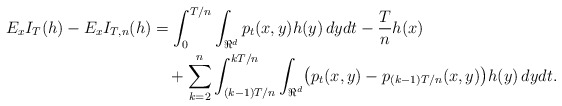
\begin{align*}E_xI_{T}(h)-E_xI_{T,n}(h)&{} = \int_{0}^{T/n}\int_{\Re^d}p_t(x,y)h(y)\,dydt-\frac{T}{n}h(x)\\&\quad{}+\sum_{k=2}^n\int_{(k-1)T/n}^{kT/n}\int_{\Re^d}\bigl(p_t(x,y)-p_{(k-1)T/n}(x,y)\bigr)h(y)\,dydt.\end{align*}